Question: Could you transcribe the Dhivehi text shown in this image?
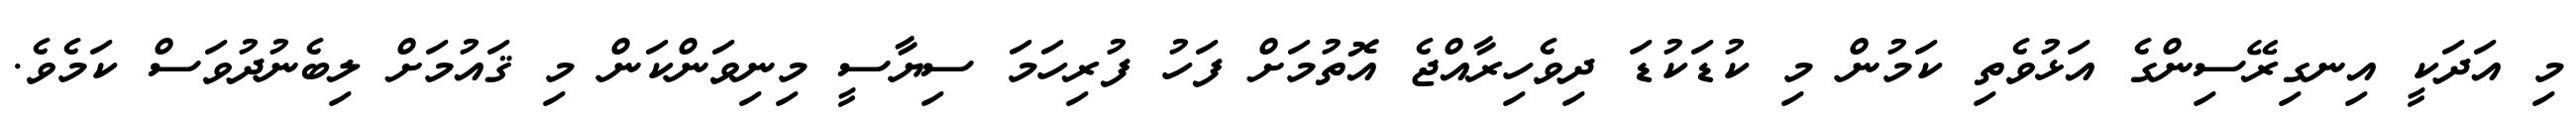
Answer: މި އަދަކީ އިނގިރޭސިންގެ އަޅުވެތި ކަމުން މި ކުޑަކުޑަ ދިވެހިރާއްޖެ އޮތުމަށް ފަހު ފުރިހަމަ ސިޔާސީ މިނިވަންކަން މި ޤައުމަށް ލިބެނުދުވަސް ކަމެވެ.